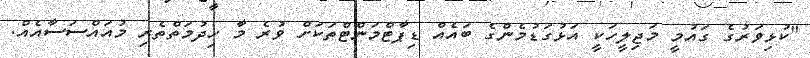
"ކުޅިވަރުގެ ގައުމީ މަޖިލީހަކީ އަޅުގަޑުމެންގެ ބައެއް ޑިޕާޓްމަންޓްތަކަށް ވުރެ މާ ހިދުމަތްތެރި މުއައްސަސާއެއް.